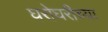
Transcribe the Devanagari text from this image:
घरोघरीच्या